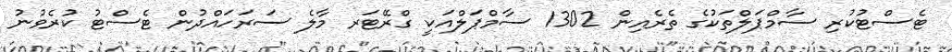
ޓެސްޓުކުރި ސާމްޕަލްތަކުގެ ތެރެއިން 1302 ސާމްޕަލްއަކީ ގްރޭޓަރ މާލެ ސަރަހައްދުން ޓެސްޓު ކުރެވުނު